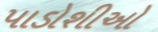
પાડોશીઓ